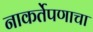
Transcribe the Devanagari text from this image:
नाकर्तेपणाचा